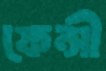
ফেন্সী